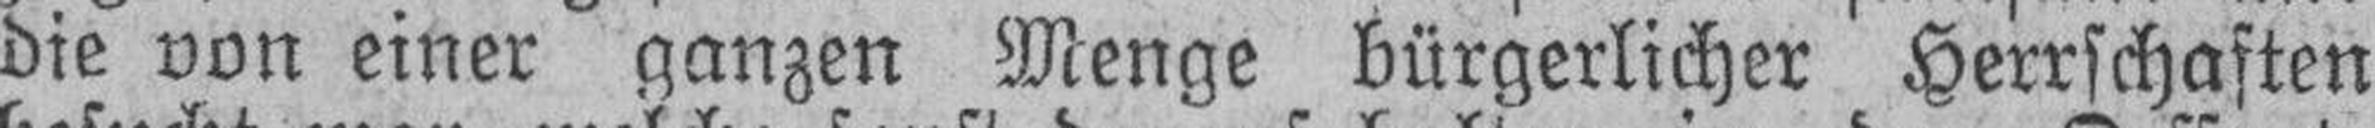
die von einer ganzen Menge bürgerlicher Herrschaften